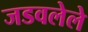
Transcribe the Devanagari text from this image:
जडवलेले